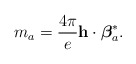
\begin{align*}m_a = \frac{4\pi}{e} {\bf h}\cdot {{\mbox{\boldmath $\beta$}}_a^*} .\end{align*}